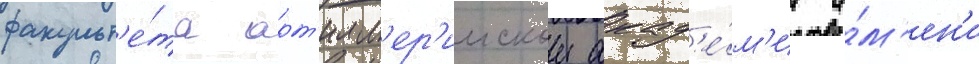
факульт'е́та арт'илл'ер'иискои акад'е́м'ии и́м'ен'и